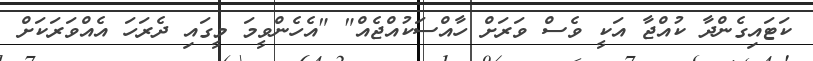
ކަޓައިގެންދާ ކުއްޖާ އަކީ ވެސް ވަރަށް ހާއްސަކުއްޖެއް" "އެހެންވީމަ މީގައި ދެރަހަ އެއްވަރަކަށް